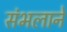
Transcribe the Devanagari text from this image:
संभलाने